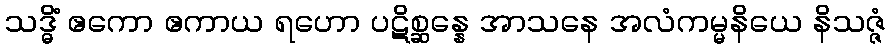
သဒ္ဓိံ ဧကော ဧကာယ ရဟော ပဋိစ္ဆန္နေ အာသနေ အလံကမ္မနိယေ နိသဇ္ဇံ